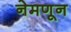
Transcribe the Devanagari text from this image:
नेमणून